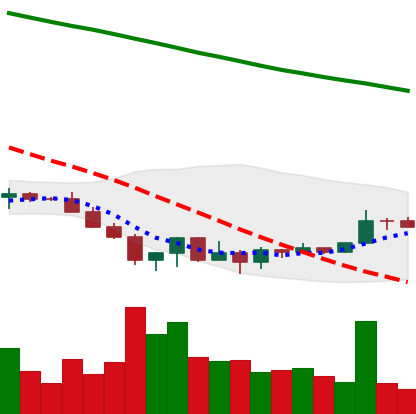
Ticker: XRP-USD
Chart end date: 2022-06-26
Forward return: -12.592%
Label: down_7plus